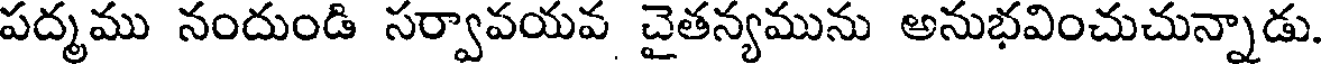
పద్మము నందుండి సర్వావయవ చైతన్యమును అనుభవించుచున్నాడు.